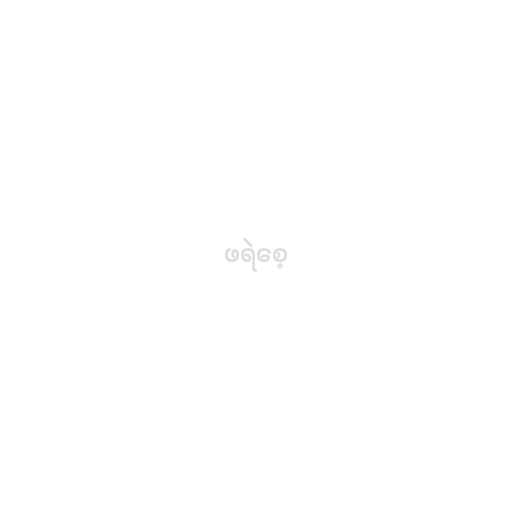
ဖရဲစေ့